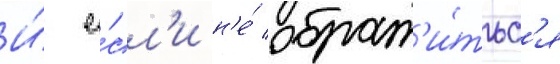
И́ е́сл'и н'е́ обрат'и́тьс'я